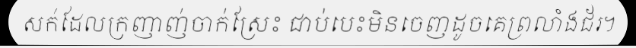
សក់ដែលក្រញាញ់ចាក់ស្រែះ ជាប់បេះមិនចេញដូចគេព្រលាំងជ័រ។